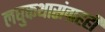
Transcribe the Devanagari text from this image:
लघुकथासंग्रहही